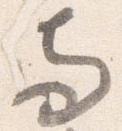
両